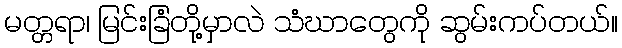
မတ္တရာ၊ မြင်းခြံတို့မှာလဲ သံဃာတွေကို ဆွမ်းကပ်တယ်။